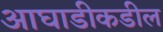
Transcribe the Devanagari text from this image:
आघाडीकडील